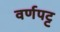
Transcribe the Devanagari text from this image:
वर्णपट्ट